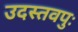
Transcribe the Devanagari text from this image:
उदस्तवपुः